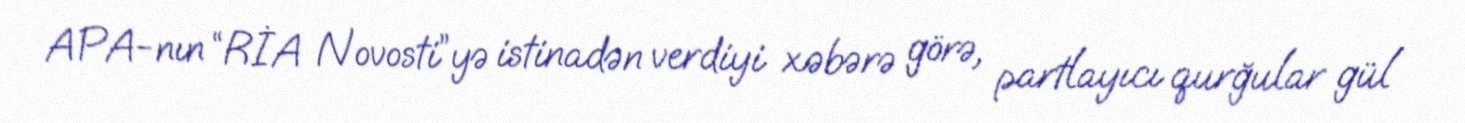
APA-nın “RİA Novosti”yə istinadən verdiyi xəbərə görə, partlayıcı qurğular gül